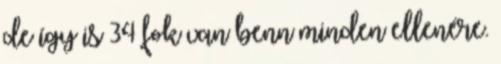
de így is 34 fok van benn minden ellenére.